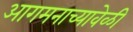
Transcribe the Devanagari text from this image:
आगमनाच्यावेळी